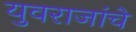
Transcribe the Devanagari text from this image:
युवराजांचे